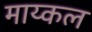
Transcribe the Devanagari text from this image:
माय्कल